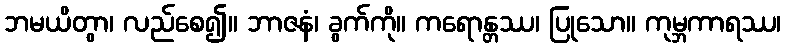
ဘမယိတွာ၊ လည်စေ၍။ ဘာဇနံ၊ ခွက်ကို။ ကရောန္တဿ၊ ပြုသော။ ကုမ္ဘကာရဿ၊